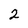
Character: 2